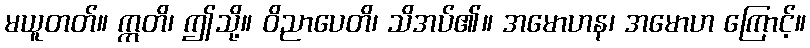
မယူတတ်။ ဣတိ၊ ဤသို့။ ဝိညာပေတိ၊ သိအပ်၏။ အမောဟန၊ အမောဟ ကြောင့်။